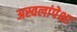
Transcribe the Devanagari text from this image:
अस्वलांपेक्षा